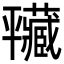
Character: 𢆮